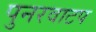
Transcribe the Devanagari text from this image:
पुनरवाटप